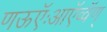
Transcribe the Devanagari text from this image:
णऊऍःआऍव्वॅण्